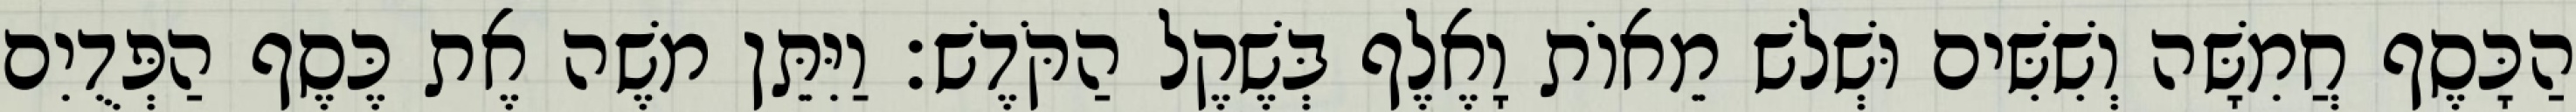
הַכָּסֶף חֲמִשָּׁה וְשִׁשִּׁים וּשְׁלשׁ מֵאוֹת וָאֶלֶף בְּשֶׁקֶל הַקֹּדֶשׁ׃ וַיִּתֵּן משֶׁה אֶת כֶּסֶף הַפְּדֻיִם